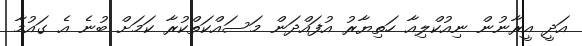
އަދީ އީރާނުން ނިއުކްލިއާ ހަތިޔާރު އުފައްދަން މަސައްކަތްކުރާ ކަމަށް ބުނެ އެ ގައުމާ